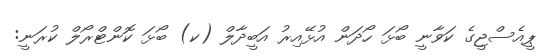
ޕީއެސްޖީގެ ކަވާނީ ބޯޅަ ހޯދަން އުޅޭއިރު އަބީދާލް (ކ) ބޯޅަ ކޮންޓްރޯލް ކުރަނީ: